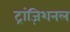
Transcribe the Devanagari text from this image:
ट्रांज़िशनल